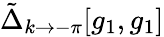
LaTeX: \tilde{\Delta}_{k\to-\pi}[g_{1},g_{1}]